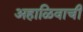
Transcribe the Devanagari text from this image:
अहाळिवाची